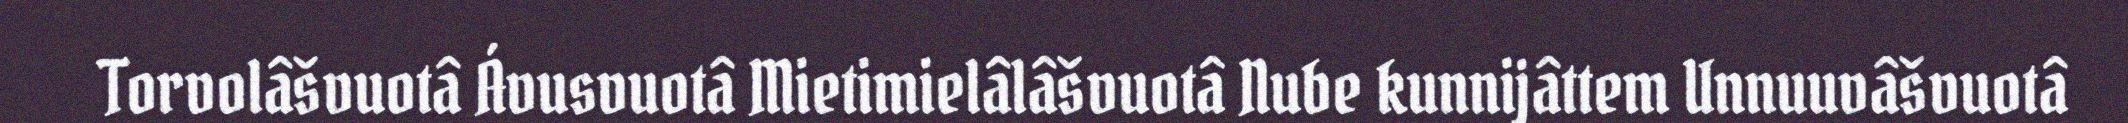
Torvolâšvuotâ Ávusvuotâ Mietimielâlâšvuotâ Nube kunnijâttem Unnuuvâšvuotâ